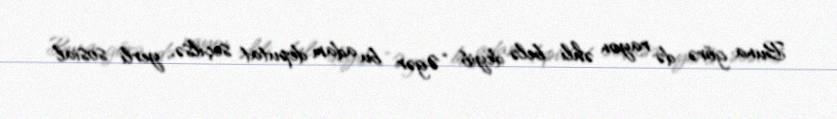
Buna görə də rayon əhli belə deyib: “Əgər bu adam deputat seçilsə, yerli sosial